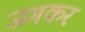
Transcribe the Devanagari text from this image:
जगकर